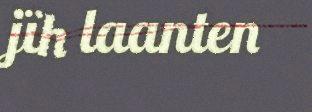
jïh laanten